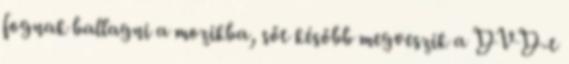
fognak ballagni a mozikba, sőt később megveszik a DVD-t